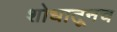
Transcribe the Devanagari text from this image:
शोधातूनच